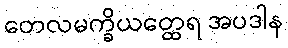
တေလမက္ခိယတ္ထေရ အပဒါန